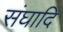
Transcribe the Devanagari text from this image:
संघादि